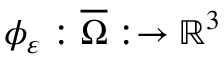
\phi _ { \varepsilon } : \overline { { \Omega } } : \to \mathbb { R } ^ { 3 }